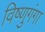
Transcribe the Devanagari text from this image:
विष्णुगंगा